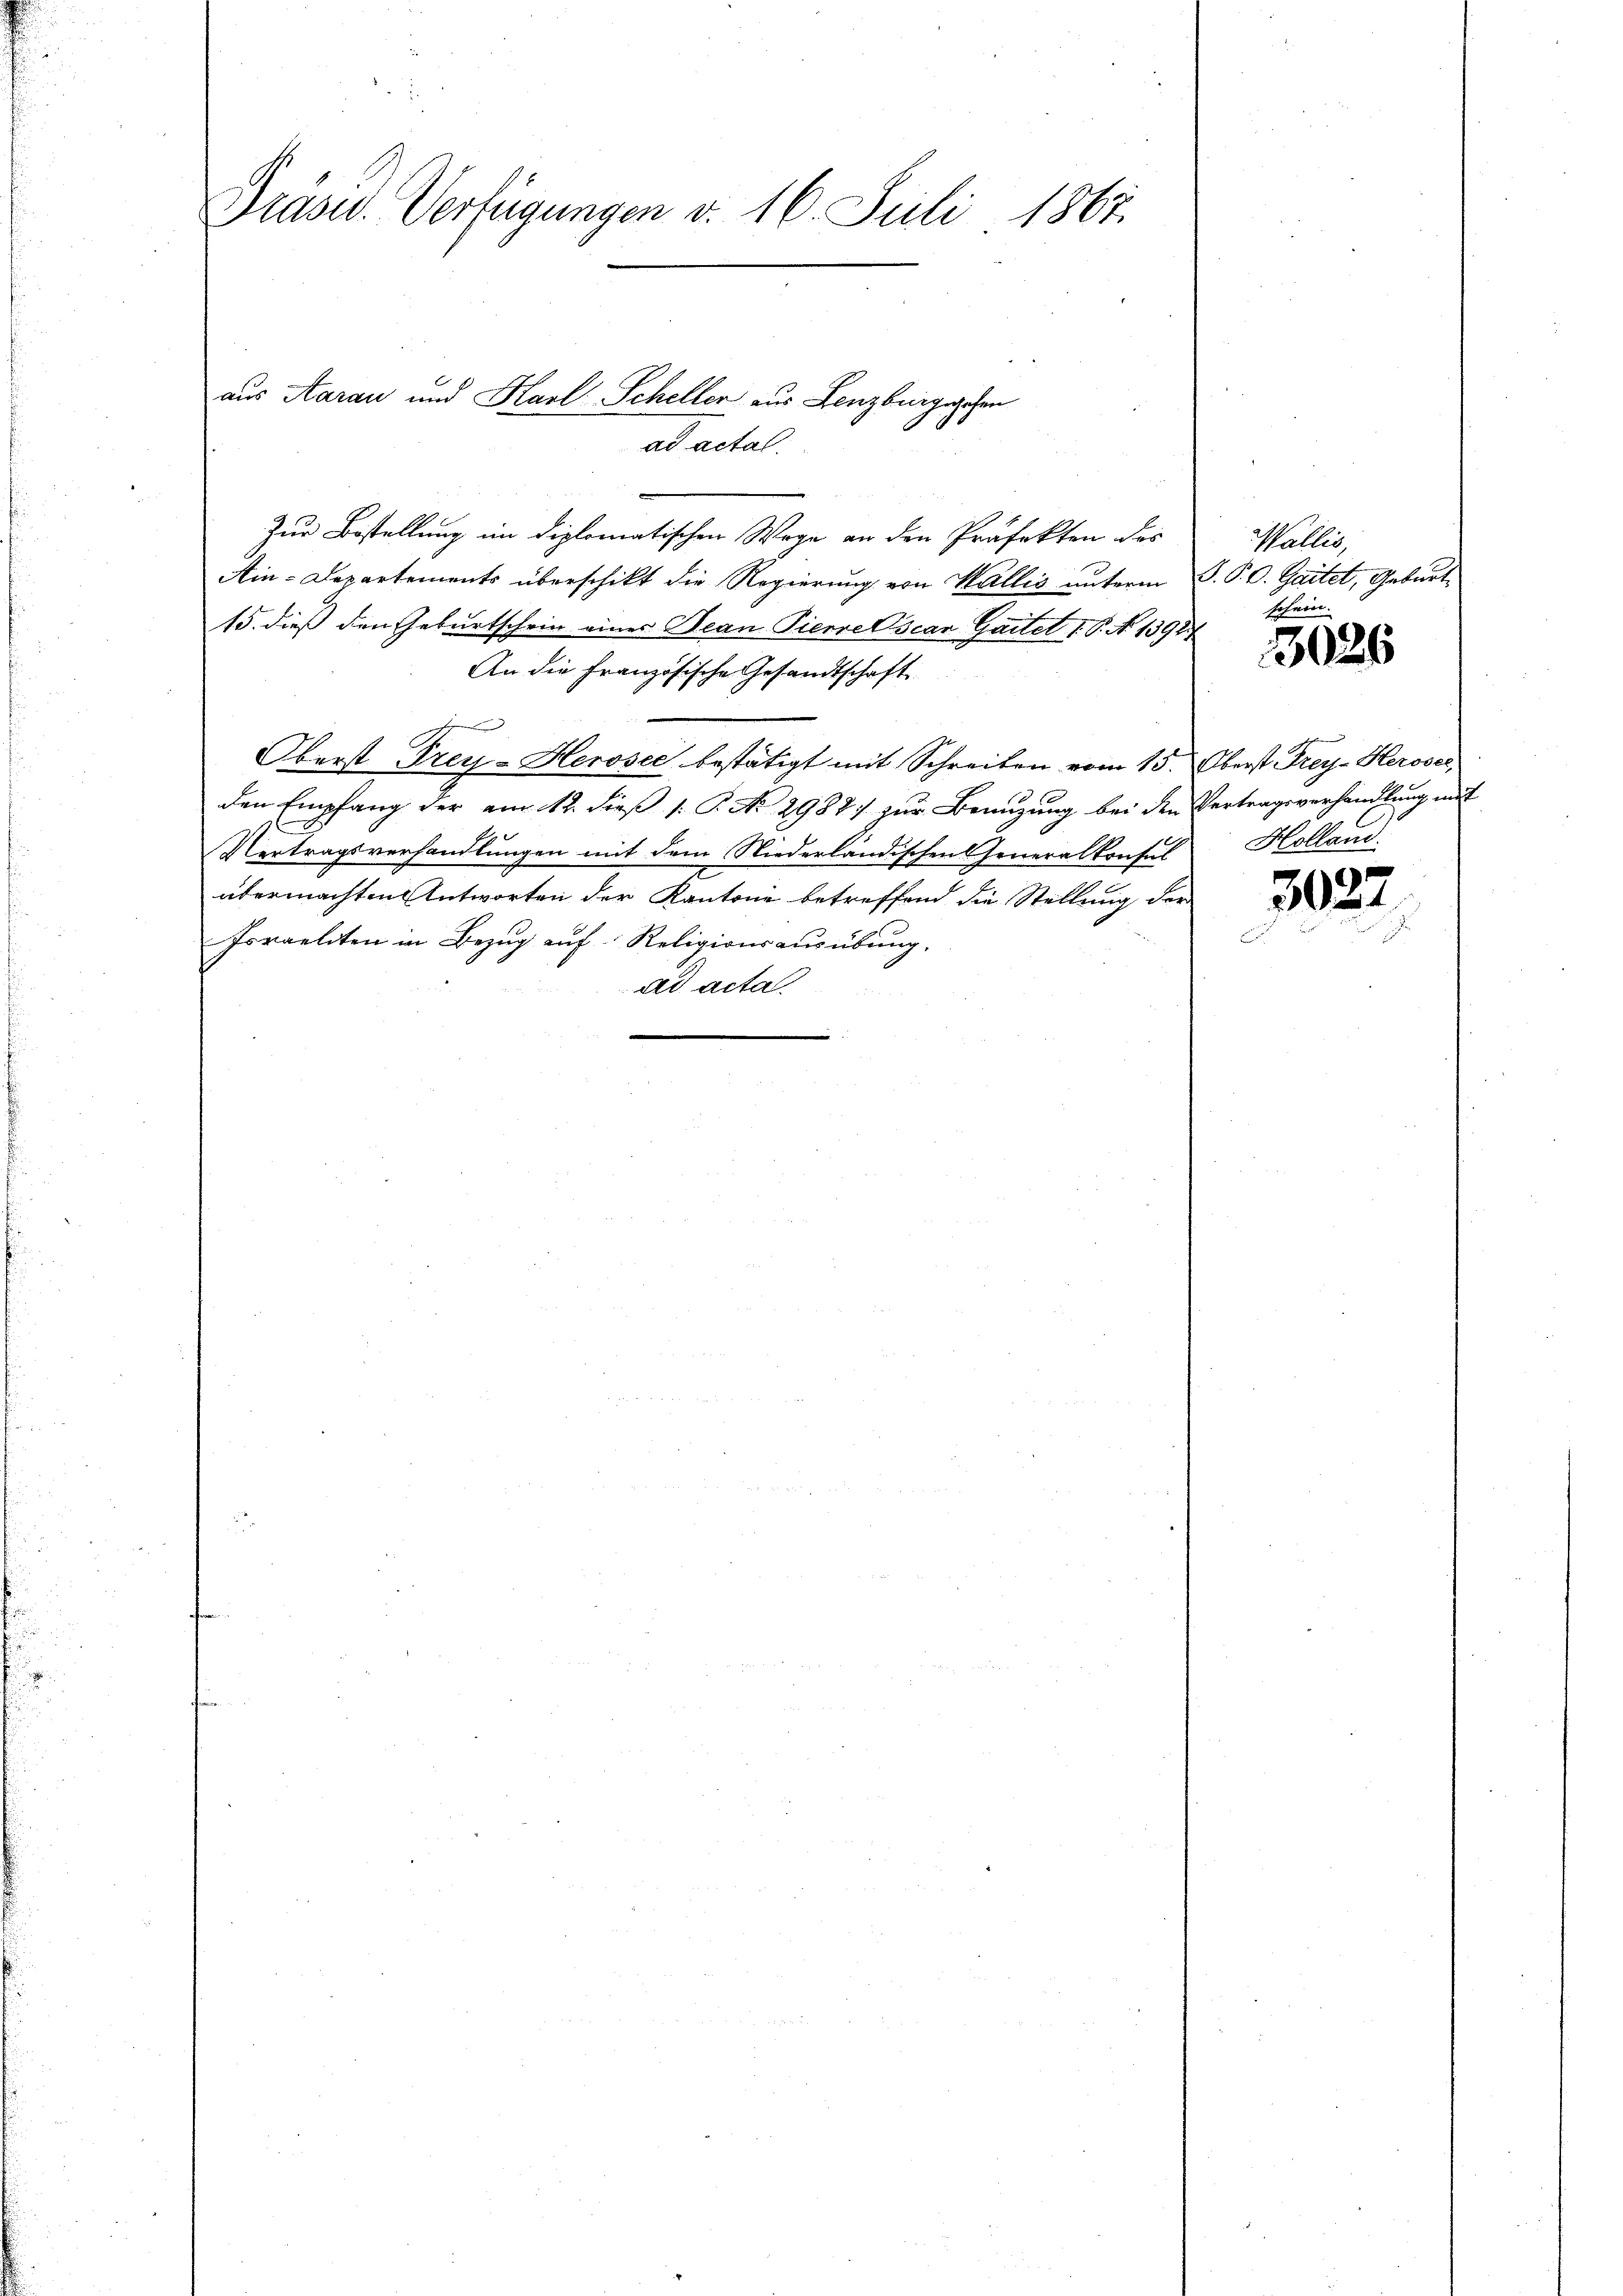
Präsid. Verfügungen v. 16. Juli 1867.

Zur Bestellung im diplomatischen Wege an den Präfekten des
Ain-Departements überschikt die Regierung von Wallis unterm V. P. O. Gartet, Geburt
15. dieß den Geburtschein eines Bean Pierre Oscar Gartel 1 S. N. 1392
An die Französische Gesandtschaft
e
Oberst Frey-Heroser bestätigt mit Schreiben vom 15. Oberst Frey- Heroser,
den Empfang der am 112. dieß P. P. No 2988) zur Benuzung bei den Vertragsverhandlung mit
Vertragsverhandlungen mit dem Niederländischen Generalkonsul
2
übermachten Antworten der Kantone betreffend die Stellung der
Israeliten in Bezug auf Religionsausübung.
ad acta

aus Aarau und Karl Scheller aus Lenzburgschen
ad actal.

Wallis,
schein.

3026

Holland.

3027